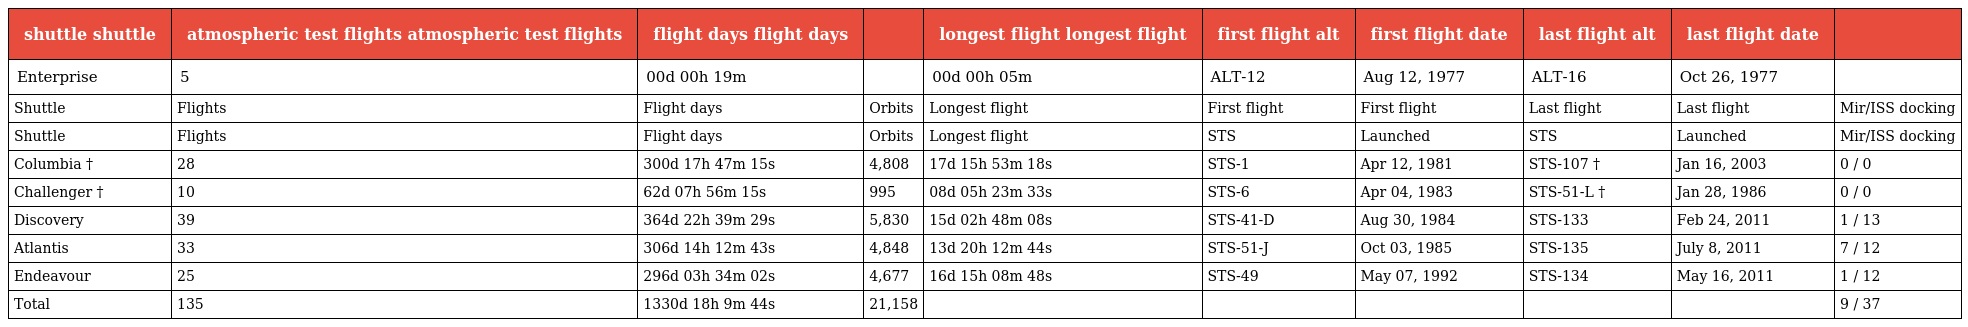
| shuttle shuttle | atmospheric test flights atmospheric test flights | flight days flight days |  | longest flight longest flight | first flight alt | first flight date | last flight alt | last flight date |  |
 | --- | --- | --- | --- | --- | --- | --- | --- | --- | --- |
 | Enterprise | 5 | 00d 00h 19m |  | 00d 00h 05m | ALT-12 | Aug 12, 1977 | ALT-16 | Oct 26, 1977 |  |
 | Shuttle | Flights | Flight days | Orbits | Longest flight | First flight | First flight | Last flight | Last flight | Mir/ISS docking |
 | Shuttle | Flights | Flight days | Orbits | Longest flight | STS | Launched | STS | Launched | Mir/ISS docking |
 | Columbia † | 28 | 300d 17h 47m 15s | 4,808 | 17d 15h 53m 18s | STS-1 | Apr 12, 1981 | STS-107 † | Jan 16, 2003 | 0 / 0 |
 | Challenger † | 10 | 62d 07h 56m 15s | 995 | 08d 05h 23m 33s | STS-6 | Apr 04, 1983 | STS-51-L † | Jan 28, 1986 | 0 / 0 |
 | Discovery | 39 | 364d 22h 39m 29s | 5,830 | 15d 02h 48m 08s | STS-41-D | Aug 30, 1984 | STS-133 | Feb 24, 2011 | 1 / 13 |
 | Atlantis | 33 | 306d 14h 12m 43s | 4,848 | 13d 20h 12m 44s | STS-51-J | Oct 03, 1985 | STS-135 | July 8, 2011 | 7 / 12 |
 | Endeavour | 25 | 296d 03h 34m 02s | 4,677 | 16d 15h 08m 48s | STS-49 | May 07, 1992 | STS-134 | May 16, 2011 | 1 / 12 |
 | Total | 135 | 1330d 18h 9m 44s | 21,158 |  |  |  |  |  | 9 / 37 |